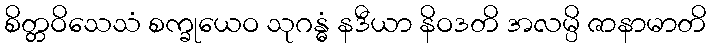
စိတ္တဝိသေသံ စက္ခုယေဝ သုဂန္ဓံ နဒီယာ နိဝဒတိ အလမ္ပိ ဇာနာမာတိ